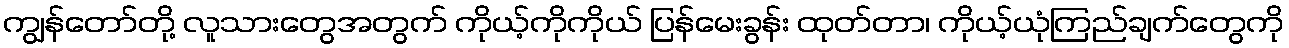
ကျွန်တော်တို့ လူသားတွေအတွက် ကိုယ့်ကိုကိုယ် ပြန်မေးခွန်း ထုတ်တာ၊ ကိုယ့်ယုံကြည်ချက်တွေကို